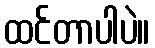
ထင်တာပါပဲ။